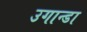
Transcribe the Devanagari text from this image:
उगान्डा